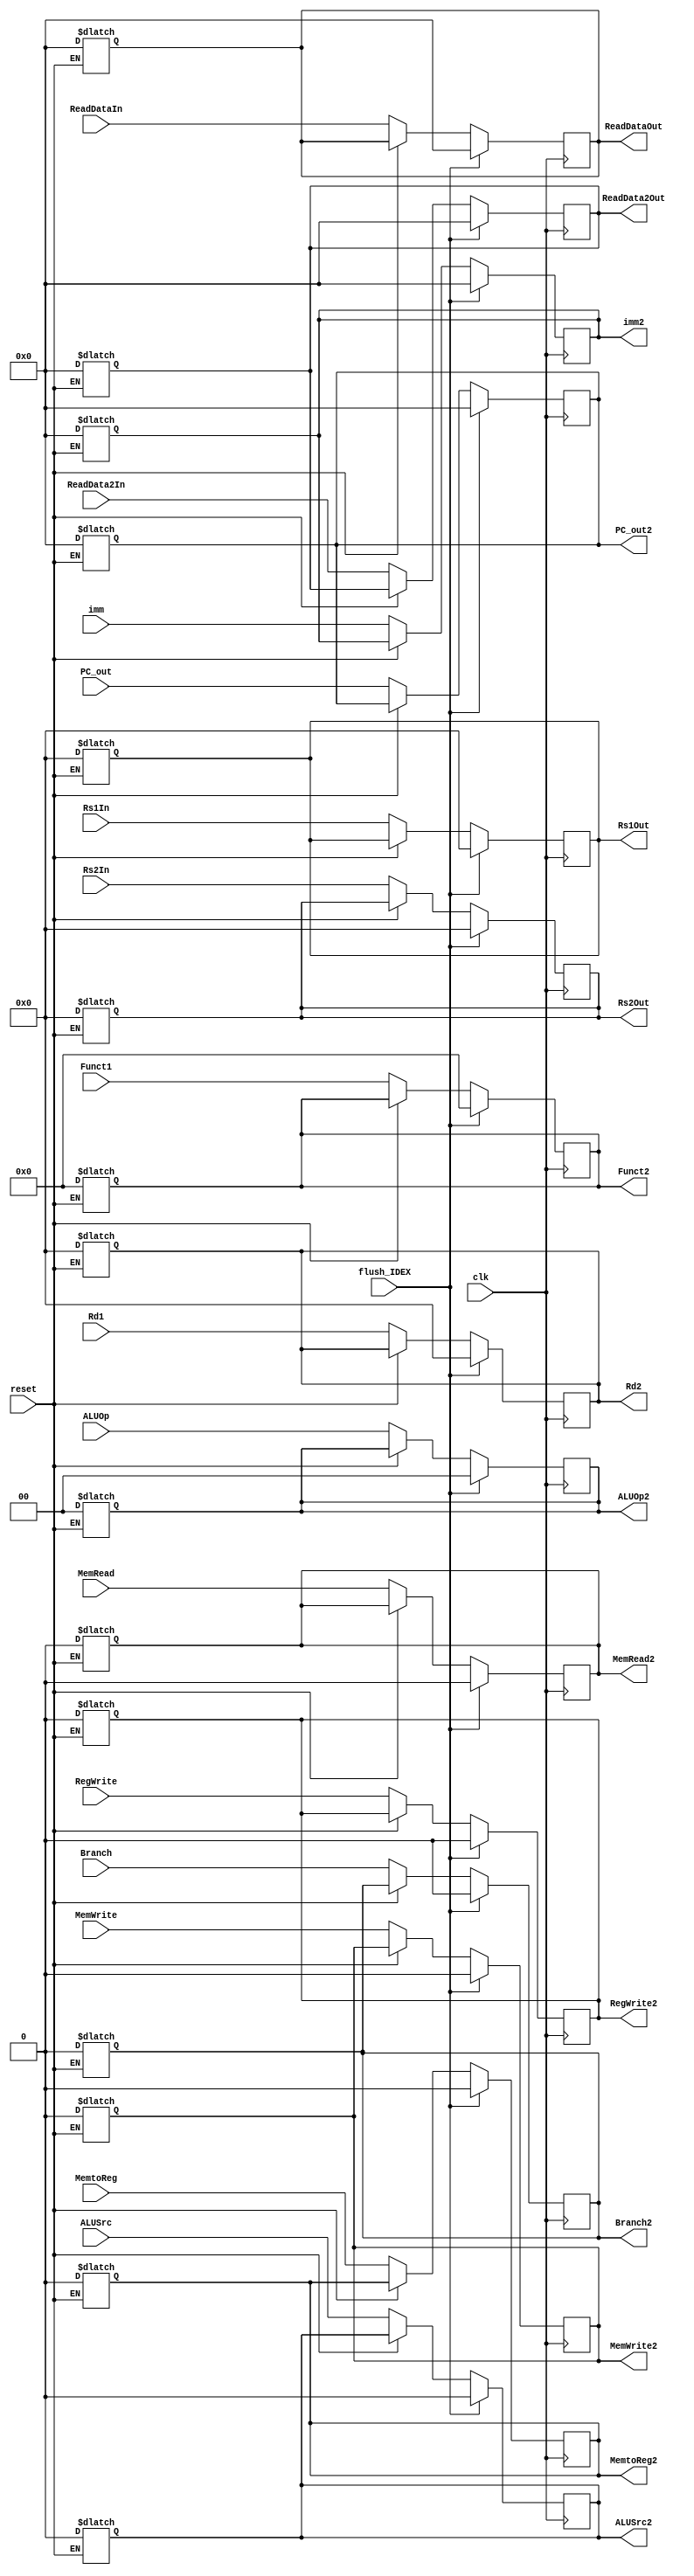
module ID_EX
(
	input [63:0] PC_out,
	output reg [63:0] PC_out2,
	input [63:0] ReadDataIn,
	output reg [63:0] ReadDataOut,
	input [63:0] ReadData2In,
	output reg [63:0] ReadData2Out,
	input [63:0] imm,
	output reg [63:0] imm2,
	input clk, flush_IDEX,
	input reset,
	input Branch, MemRead, MemtoReg, MemWrite, ALUSrc, RegWrite,
	output reg Branch2, MemRead2, MemtoReg2, MemWrite2, ALUSrc2, RegWrite2,
	input [1:0] ALUOp,
	output reg [1:0] ALUOp2,
	input [4:0] Rd1,
	output reg [4:0] Rd2,
	input [3:0] Funct1,
	output reg [3:0] Funct2,
	input [4:0]Rs1In, Rs2In,
	output reg [4:0]Rs1Out, Rs2Out
);

	always@(posedge clk)
	begin
	if (flush_IDEX == 1'b1)
		begin
			PC_out2 <= 0;
			ReadDataOut <= 0;
			ReadData2Out <= 0;
			Branch2 <= 0;
			MemtoReg2 <= 0;
			MemWrite2 <= 0;
			MemRead2 <= 0;
			ALUSrc2 <= 0;
			RegWrite2 <= 0;
			ALUOp2 <= 0;
			imm2 <= 0;
			Rd2 <= 0;
			Funct2 <= 0;
			Rs1Out <= 0;
			Rs2Out <= 0;
		end
	else
	begin	
	if(reset == 1'b0)
		begin
		PC_out2 <= PC_out;
		ReadDataOut <= ReadDataIn;
		ReadData2Out <= ReadData2In;
		Branch2 <= Branch;
		MemtoReg2 <= MemtoReg;
		MemWrite2 <= MemWrite;
		MemRead2 <= MemRead;
		ALUSrc2 <= ALUSrc;
		RegWrite2 <= RegWrite;
		ALUOp2 <= ALUOp;
		imm2 <= imm;
		Rd2 <= Rd1;
		Funct2 <= Funct1;
		Rs1Out <= Rs1In;
		Rs2Out <= Rs2In;
		end
	end
	end
	
	always@(reset)
	begin
		if(reset == 1'b1)
		begin
			PC_out2 <= 0;
			ReadDataOut <= 0;
			ReadData2Out <= 0;
			Branch2 <= 0;
			MemtoReg2 <= 0;
			MemWrite2 <= 0;
			MemRead2 <= 0;
			ALUSrc2 <= 0;
			RegWrite2 <= 0;
			ALUOp2 <= 0;
			imm2 <= 0;
			Rd2 <= 0;
			Funct2 <= 0;
			Rs1Out <= 0;
			Rs2Out <= 0;
		end
	end
	
endmodule